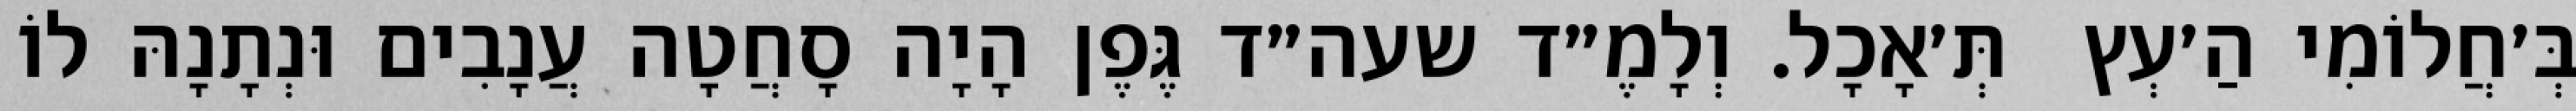
בְּ׳חֲלוֹמִי הַ׳עְץ  תְּ׳אָכָל. וְלָמֶ״ד שעה״ד גֶּפֶן הָיָה סָחֲטָה עֲנָבִים וּנְתָנָהּ לוֹ